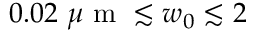
0 . 0 2 \mathrm { ~ } \mu \mathrm { ~ m ~ } \lesssim w _ { 0 } \lesssim 2